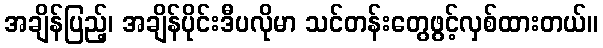
အချိန်ပြည့်၊ အချိန်ပိုင်းဒီပလိုမာ သင်တန်းတွေဖွင့်လှစ်ထားတယ်။